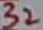
Text: 32